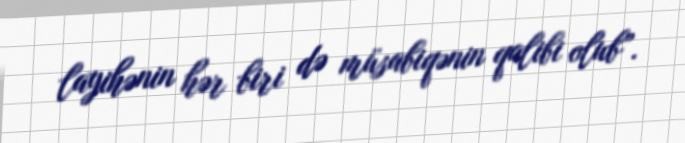
layihənin hər biri də müsabiqənin qalibi olub”.